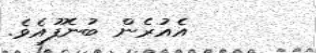
އެއުރެން ބުނެފޫއެވެ.